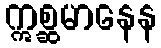
ဣစ္ဆမာနေန